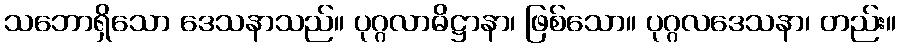
သဘောရှိသော ဒေသနာသည်။ ပုဂ္ဂလာဓိဋ္ဌာနာ၊ ဖြစ်သော။ ပုဂ္ဂလဒေသနာ၊ တည်း။